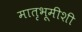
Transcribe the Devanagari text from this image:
मातृभूमीशी